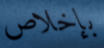
بإخلاص